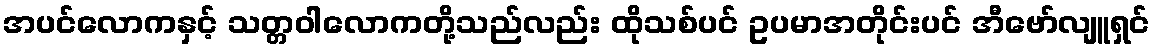
အပင်လောကနှင့် သတ္တဝါလောကတို့သည်လည်း ထိုသစ်ပင် ဥပမာအတိုင်းပင် အီဗော်လျူရှင်